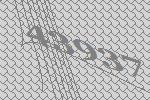
43937